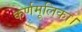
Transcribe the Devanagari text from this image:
कर्णमूलिका।